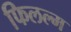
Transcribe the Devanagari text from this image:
फिलल्म